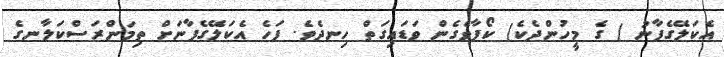
އެކަލޭގެފާނު ( ގެ މީހުންދެކެ) ކޯފާވެގެން ވަޑައިގަތް ހިނދެވެ. ފަހެ އެކަލޭގެފާނަށް ތިމަންރަސްކަލާނގެ